Document type: Oath
Year: 1405
Scribe: Guillem de Lledó
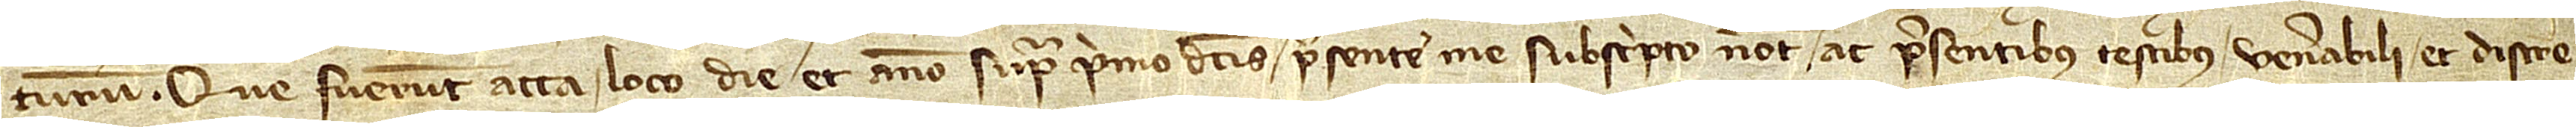
turum.  Que fuerunt acta loco, die et anno supra primo dictis, presente me subscripto notario ac presentibus testibus venerabili et discre-